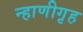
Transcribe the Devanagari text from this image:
न्हाणीगृह